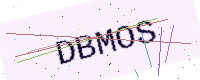
Text: DBMOS